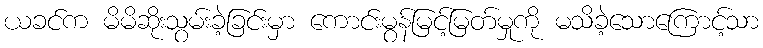
ယခင်က မိမိဆိုးသွမ်းခဲ့ခြင်းမှာ ကောင်းမွန်မြင့်မြတ်မှုကို မသိခဲ့သောကြောင့်သာ